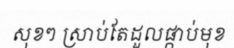
សុខៗ ស្រាប់តែដួលផ្កាប់មុខ